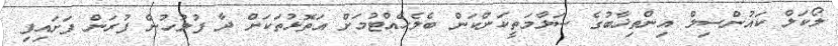
ލޯކަލް ކައުންސިލް އިންތިޚާބުގެ ސަލާމަތީކަންކަން ބެލެހެއްޓުމަށް އަތޮޅުތަކަށް ދާ ފުލުހުން ފުރަން ފަށައިފި